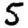
Digit: 5